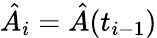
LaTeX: \hat{A}_{i}=\hat{A}(t_{i-1})